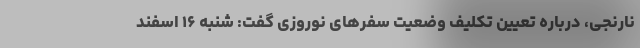
نارنجی، درباره تعیین تکلیف وضعیت سفرهای نوروزی گفت: شنبه ۱۶ اسفند